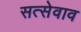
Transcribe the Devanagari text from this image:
सत्सेवाव